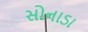
સોનાડા